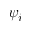
\psi _ { i }